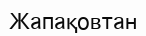
Жапақовтан